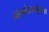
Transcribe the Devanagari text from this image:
लालमोहनबाबूंसोबत